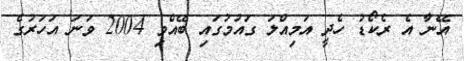
އޭނާ އެ ރެކޯޑު ހެދީ އަމިއްލަ ގައުމުގައި ބޭއްވި 2004 ވަނަ އަހަރުގެ